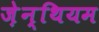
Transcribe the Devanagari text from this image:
ज़ेन्थियम